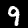
Digit: 9